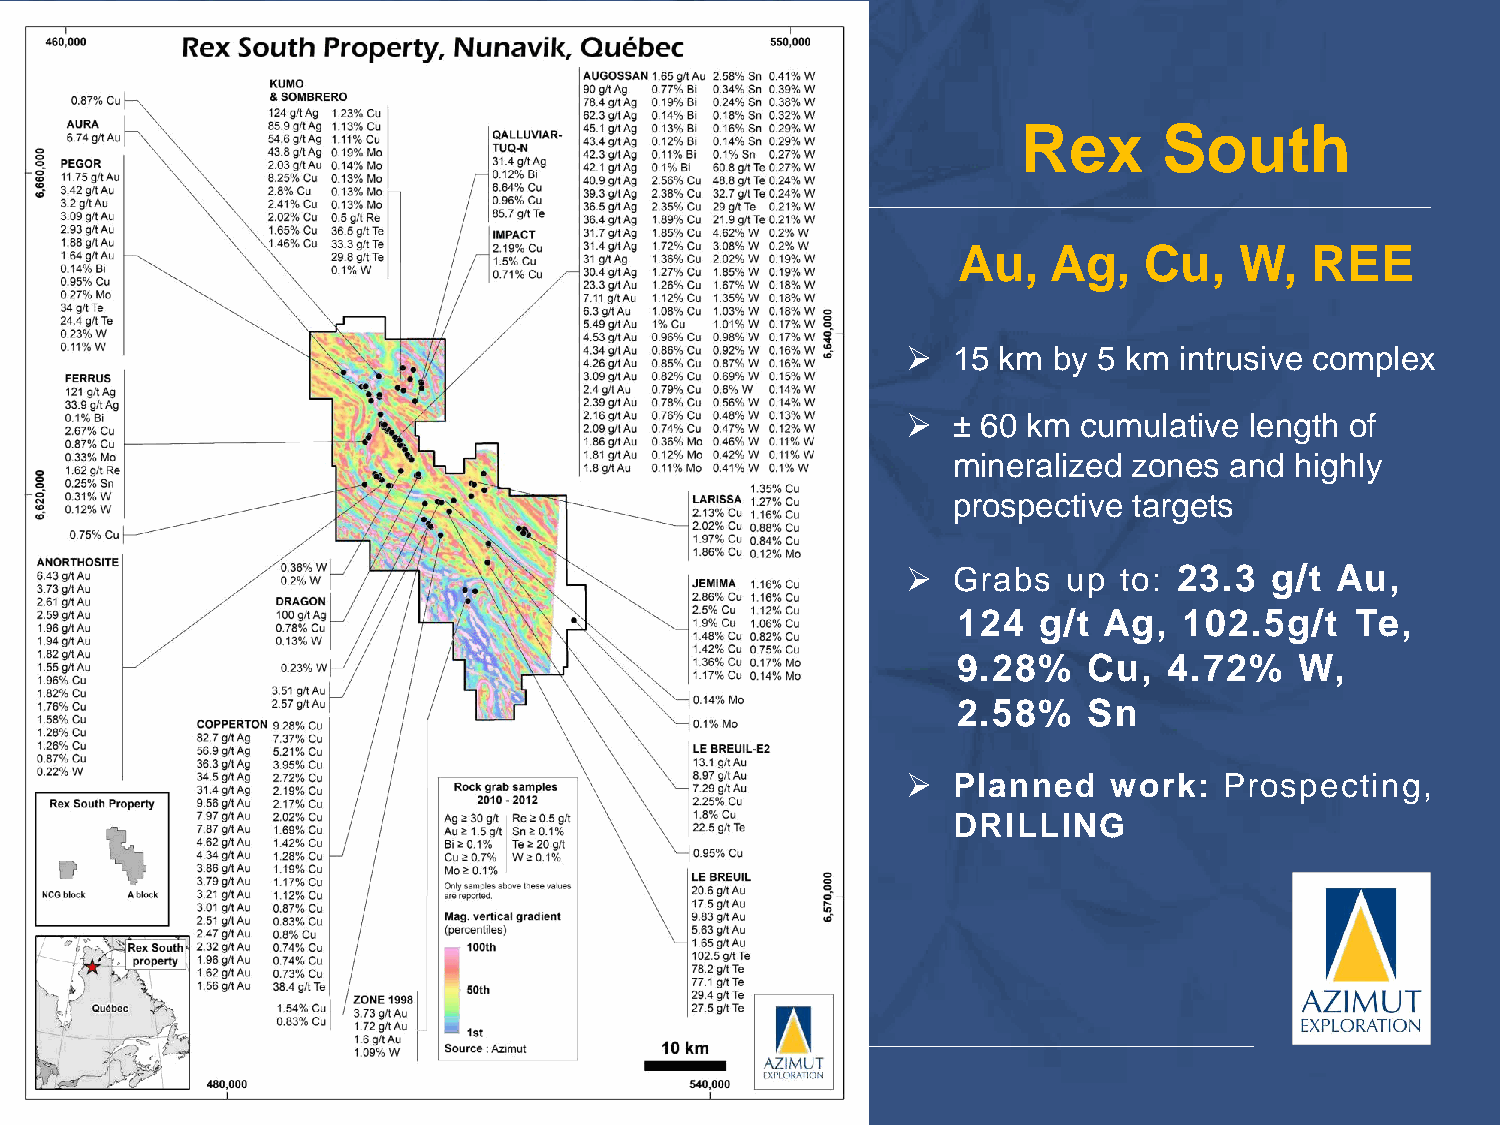
Rex      South
 Au,    Ag,   Cu,   W,   REE
 ➢  15 km  by 5 km intrusive complex
 ➢  ± 60 km  cumulative length of
 mineralized zones and  highly
 prospective targets
 ➢  Grabs   up to: 23.3  g/t Au,
 124   g/t Ag,  102.5g/t    Te,
 9.28%    Cu,  4.72%    W,
 2.58%    Sn
 ➢  Planned    work:  Prospecting,
 DRILLING
 200 km